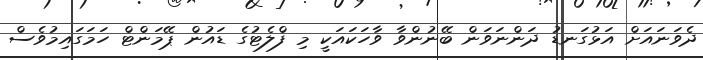
ދެވަނައަށް އަޅުގަނޑު ދަންނަވަން ބޭނުންވާ ވާހަކައަކީ މި ފްލެޓުގެ ޑައުން ޕޭމަންޓް ހަމަގައިމުވެސް